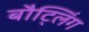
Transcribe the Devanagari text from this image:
बौट्लिंग